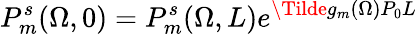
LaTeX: P_{m}^{s}(\Omega,0)=P_{m}^{s}(\Omega,L)e^{\Tilde{g}_{m}(\Omega)P_{0}L}